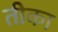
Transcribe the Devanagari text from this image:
तीका